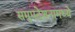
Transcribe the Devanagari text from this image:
समुपदेशनामध्ये